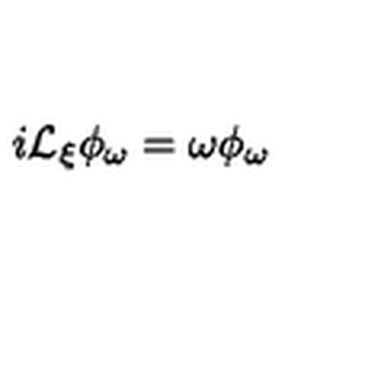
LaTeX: i { \cal L } _ { \xi } \phi _ { \omega } = \omega \phi _ { \omega }